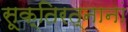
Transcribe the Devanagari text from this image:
सूक्तिरत्नानां